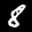
Label: 8